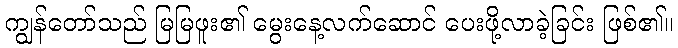
ကျွန်တော်သည် မြမြဖူး၏ မွေးနေ့လက်ဆောင် ပေးဖို့လာခဲ့ခြင်း ဖြစ်၏။